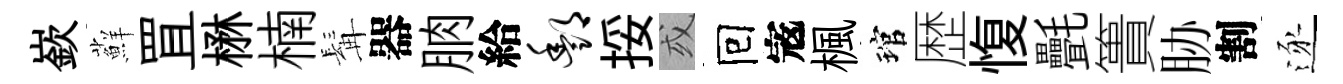
嶔蘚罝楙楠髯器朒給酆挼或囘𡨥楓琯歴愎㲲簣胁割逐